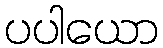
ပပါယော